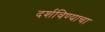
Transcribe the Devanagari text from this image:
दर्शविण्याचा